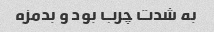
به شدت چرب بود و بدمزه